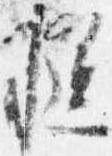
慥